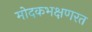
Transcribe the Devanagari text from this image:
मोदकभक्षणरत